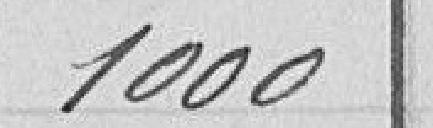
1000